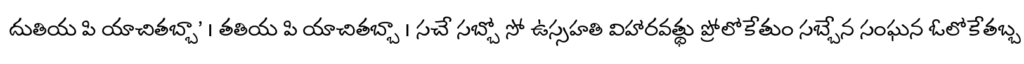
దుతియ పి యాచితబ్బా' । తతియ పి యాచితబ్బా । సచే సబ్బో సో ఉస్సహతి విహారవత్థు ప్రోలోకేతుం సబ్బేన సంఘన ఓలోకేతబ్బ